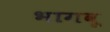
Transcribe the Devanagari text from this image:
भागवू